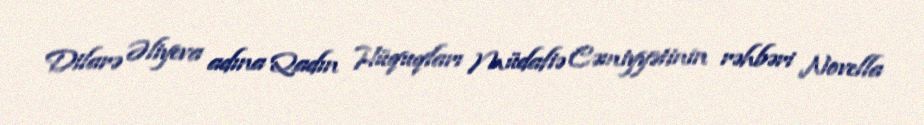
Dilarə Əliyeva adına Qadın Hüquqları Müdafiə Cəmiyyətinin rəhbəri Novella